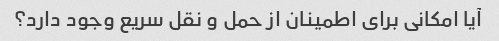
آیا امکانی برای اطمینان از حمل و نقل سریع وجود دارد؟